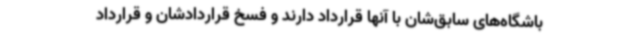
باشگاه‌های سابق‌شان با آنها قرارداد دارند و فسخ قراردادشان و قرارداد